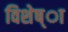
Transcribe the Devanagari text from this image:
विशेष्ा